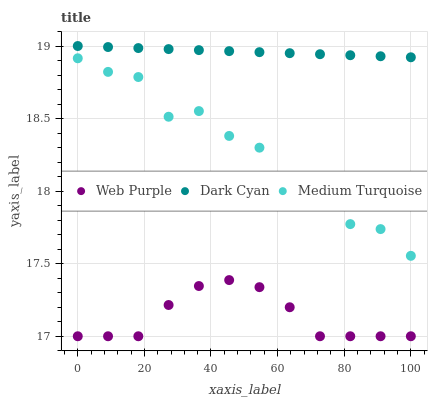
| xaxis_label | Web Purple | Dark Cyan | Medium Turquoise |
 | --- | --- | --- | --- |
 | 0 | 17 | 19 | 18.9 |
 | 9.09 | 17 | 19 | 18.8 |
 | 18.2 | 17 | 19 | 18.8 |
 | 27.3 | 17.2 | 19 | 18.5 |
 | 36.4 | 17.3 | 19 | 18.6 |
 | 45.5 | 17.4 | 19 | 18.4 |
 | 54.5 | 17.3 | 19 | 18.3 |
 | 63.6 | 17.2 | 19 | 18 |
 | 72.7 | 17 | 18.9 | 18 |
 | 81.8 | 17 | 18.9 | 17.8 |
 | 90.9 | 17 | 18.9 | 17.7 |
 | 100 | 17 | 18.9 | 17.6 |